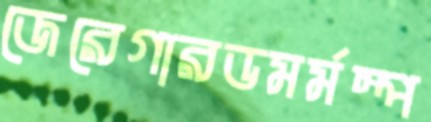
জেরেগারডমর্মস্প